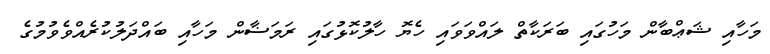
މަހާއި ޝަޢްބާން މަހުގައި ބަރަކާތް ލައްވަވައި ހެޔޮ ހާލުކޮޅުގައި ރަމަޟާން މަހާއި ބައްދަލުކުރެއްވެވުމުގެ